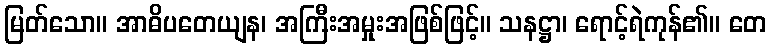
မြတ်သော။ အာဓိပတေယျန၊ အကြီးအမှုးအဖြစ်ဖြင့်။ သနဋ္ဌာ၊ ရောင့်ရဲကုန်၏။ တေ